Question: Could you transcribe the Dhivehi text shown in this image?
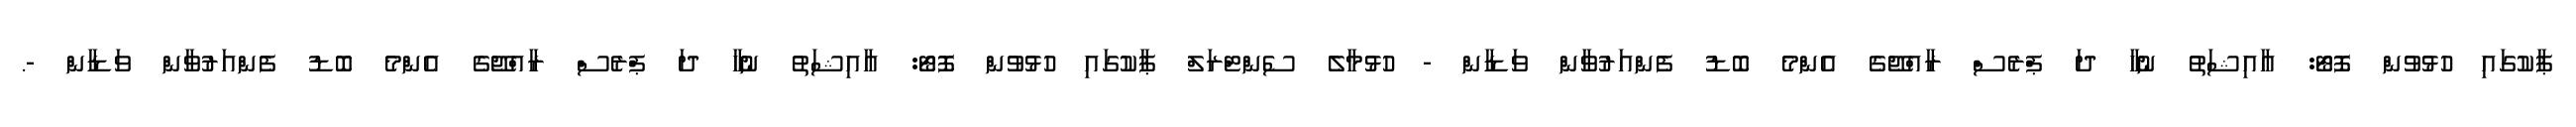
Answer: ޕާކުގައި ހުޅުވުން ފޮޓޯ: އާއިޝަތު ނުހާ ދަ ޕްރެސް ރާއްޖޭގެ އެންމެ ބޮޑު ފެންއަރުވާން ވަޑާން - ހުޅުމާލެ ސެންޓްރަލް ޕާކުގައި ހުޅުވުން ފޮޓޯ: އާއިޝަތު ނުހާ ދަ ޕްރެސް ރާއްޖޭގެ އެންމެ ބޮޑު ފެންއަރުވާން ވަޑާން -.